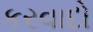
કરવાદો